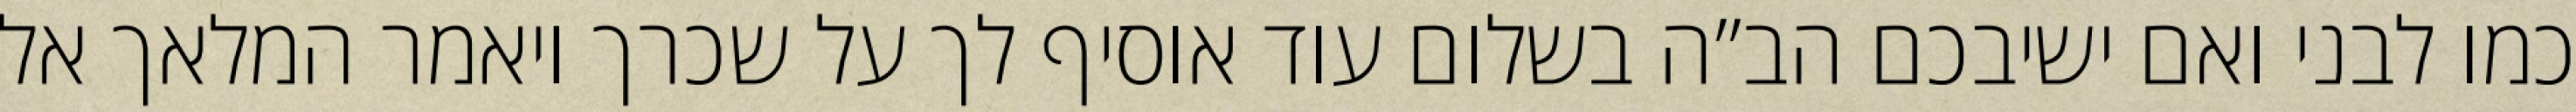
כמו לבני ואם ישיבכם הב”ה בשלום עוד אוסיף לך על שכרך ויאמר המלאך אל